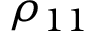
\rho _ { 1 1 }